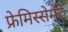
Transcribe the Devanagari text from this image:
फ्रेमिस्सेमेंट